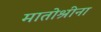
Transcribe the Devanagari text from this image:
मातोश्रीना